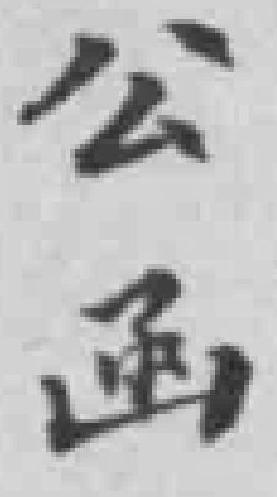
公函